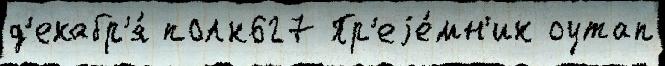
д'екабр'я́ полк627 Пр'еjе́мн'ик оутап